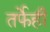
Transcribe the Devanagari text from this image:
तर्फेही